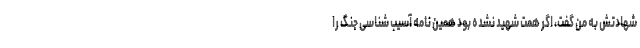
شهادتش به من گفت، اگر همت شهید نشده بود همین نامه آسیب شناسی جنگ را